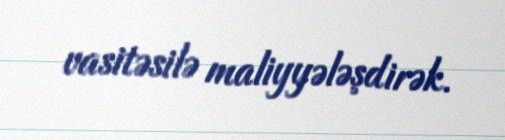
vasitəsilə maliyyələşdirək.